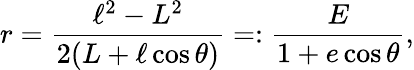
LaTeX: r=\frac{\ell^{2}-L^{2}}{2(L+\ell\cos\theta)}=:\frac{E}{1+e\cos\theta},